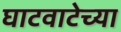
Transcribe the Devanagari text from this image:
घाटवाटेच्या